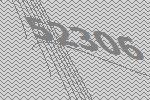
52306